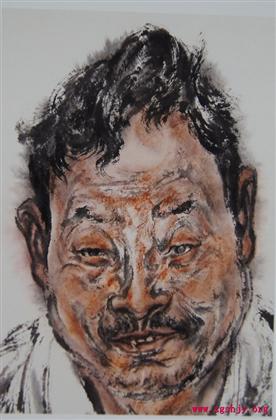
赏赐不能喜，诛罚不能威。